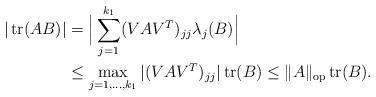
LaTeX: \begin{align*} |\operatorname{tr}(AB)|&=\Big|\sum_{j=1}^{k_1}(VAV^T)_{jj}\lambda_j(B)\Big|\\&\leq \max_{j=1,\dots,k_1}|(VAV^T)_{jj}|\operatorname{tr}(B)\leq \Vert A\Vert_{\operatorname{op}}\operatorname{tr}(B).\end{align*}